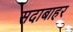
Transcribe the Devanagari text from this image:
सदाबाहर